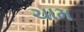
ચામ